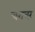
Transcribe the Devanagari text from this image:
चराचरं